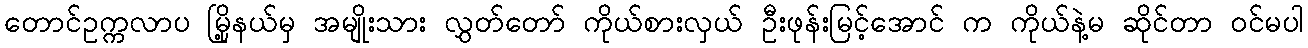
တောင်ဥက္ကလာပ မြို့နယ်မှ အမျိုးသား လွှတ်တော် ကိုယ်စားလှယ် ဦးဖုန်းမြင့်အောင် က ကိုယ်နဲ့မ ဆိုင်တာ ဝင်မပါ